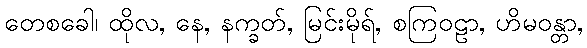
တေစခေါ၊ ထိုလ, နေ, နက္ခတ်, မြင်းမိုရ်, စကြဝဠာ, ဟိမဝန္တာ,